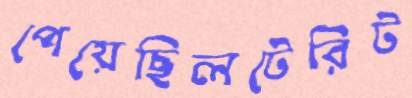
পেয়েছিলটেরিট